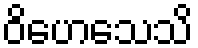
ဝိဟေသေသိ